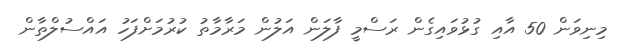
މިނިވަން 50 އާއި ގުޅުވައިގެން ރަސްމީ ފާލަން އަލުން މަރާމާތު ކުރުމަށްފަހު އައްސުލްތާން